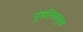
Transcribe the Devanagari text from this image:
पुंडलिकबुवा